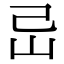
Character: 㞯